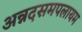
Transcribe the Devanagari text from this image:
अन्नदसमपलायम